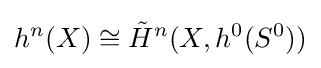
h^{n}(X)\cong {\tilde {H}}^{n}(X,h^{0}(S^{0}))